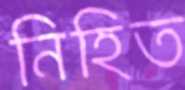
নিহিত